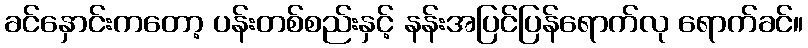
ခင်နှောင်းကတော့ ပန်းတစ်စည်းနှင့် နန်းအပြင်ပြန်ရောက်လု ရောက်ခင်။